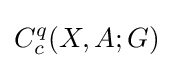
C_{c}^{q}(X,A;G)